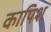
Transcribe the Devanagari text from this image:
कापिश